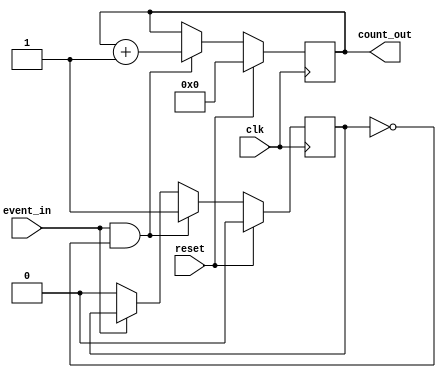
module EventCounter (
    input wire clk,           // Clock signal
    input wire reset,         // Reset signal
    input wire event_in,      // Event signal to trigger counting
    output reg [7:0] count_out // 8-bit output for the count value
);

    // Internal state
    reg event_detected; // Signal to detect rising edge of the event signal

    // Synchronous process
    always @(posedge clk) begin
        if (reset) begin
            count_out <= 8'b0; // Reset count to zero
            event_detected <= 1'b0; // Reset event detection
        end else begin
            // Detect rising edge of the event signal
            if (event_in && !event_detected) begin
                count_out <= count_out + 1; // Increment count
                event_detected <= 1'b1; // Set event detection
            end else if (!event_in) begin
                event_detected <= 1'b0; // Reset event detection when event signal goes low
            end
        end
    end

endmodule